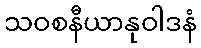
သဝစနီယာနုဝါဒနံ